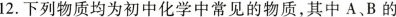
12.下列物质均为初中化学中常见的物质，其中A、B的